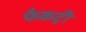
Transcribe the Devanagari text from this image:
फैकट्री